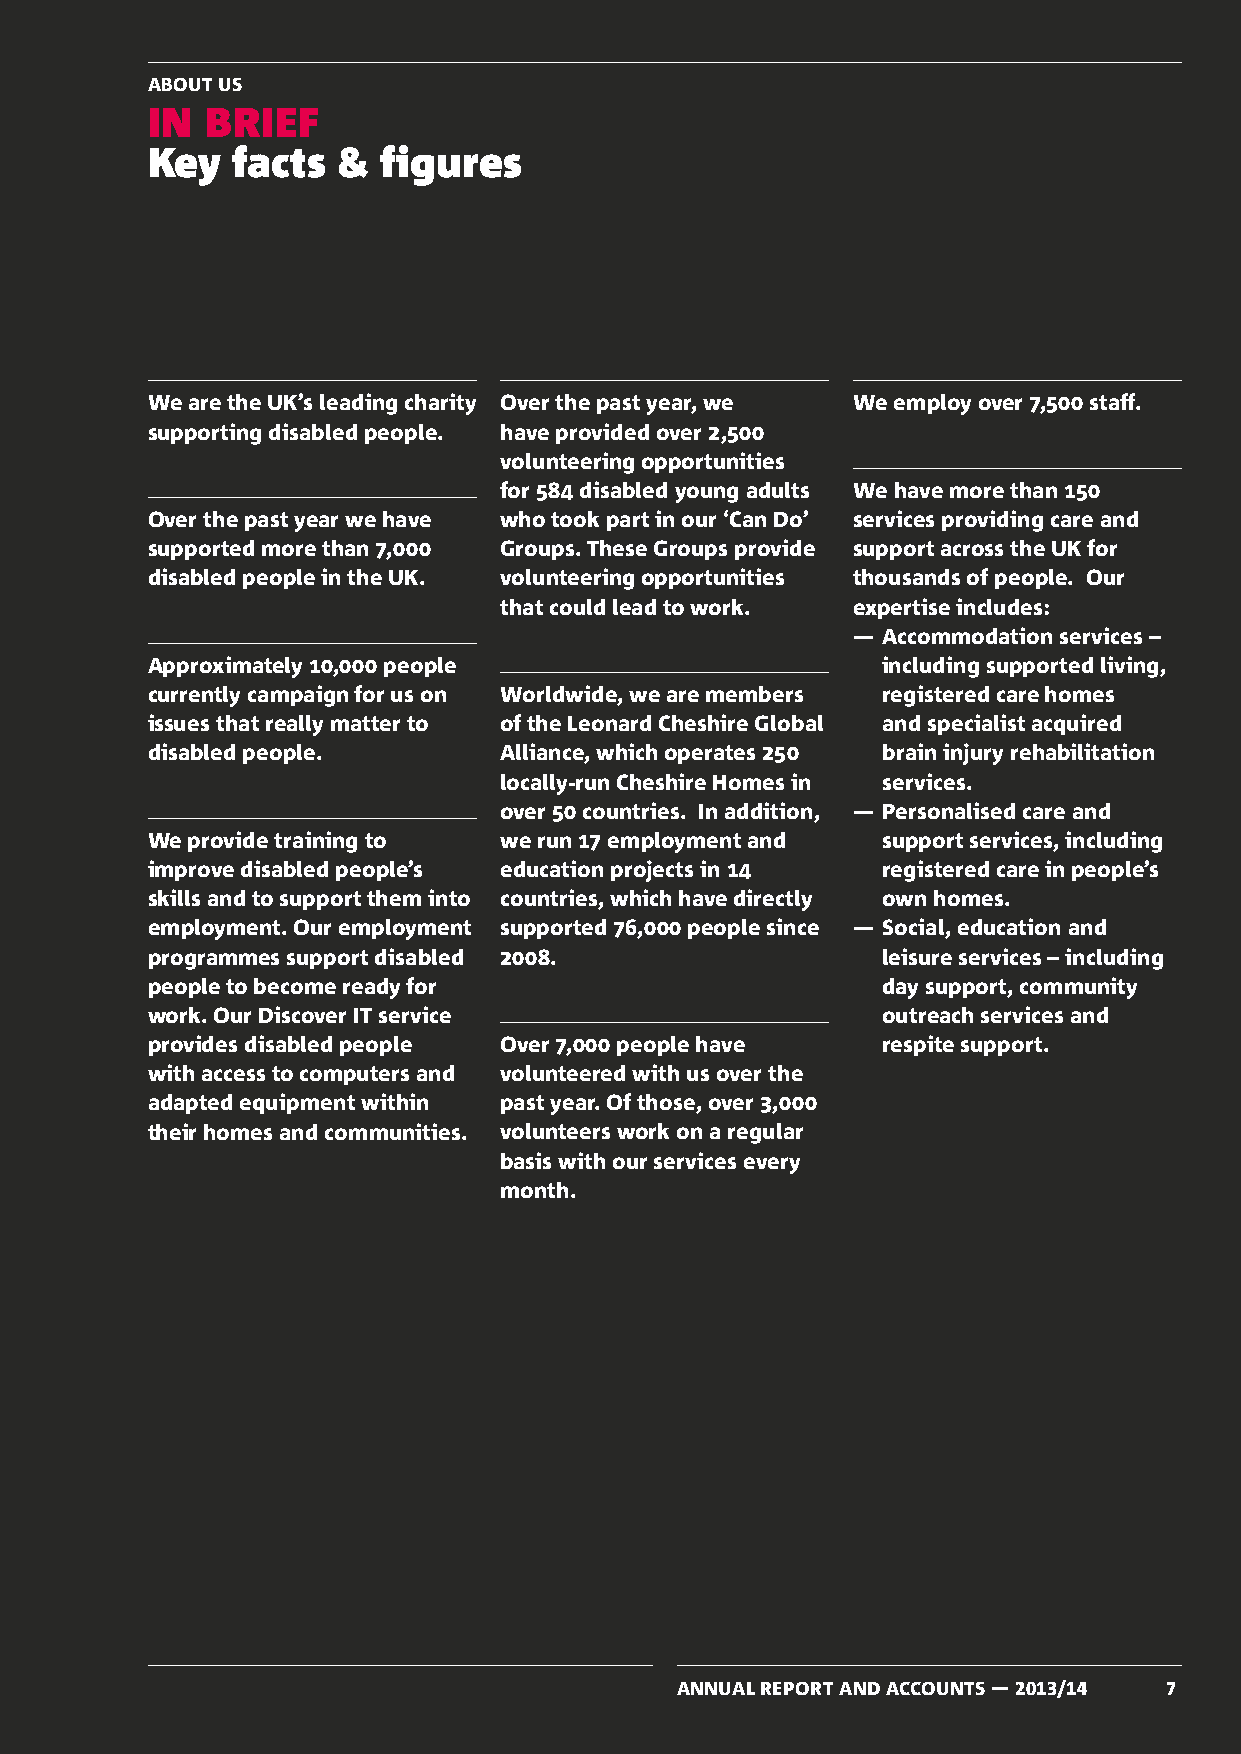
ABOUT US
 IN  BRIEF
 Key  facts  &  figures
 We are the UK’s leading charity Over the past year, we We employ over 7,500 staff.
 supporting disabled people. have provided over 2,500
 volunteering opportunities
 for 584 disabled young adults We have more than 150
 Over the past year we have who took part in our ‘Can Do’ services providing care and
 supported more than 7,000 Groups. These Groups provide support across the UK for
 disabled people in the UK. volunteering opportunities thousands of people. Our
 that could lead to work. expertise includes:
 — Accommodation services –
 Approximately 10,000 people                     including supported living,
 currently campaign for us on Worldwide, we are members registered care homes
 issues that really matter to of the Leonard Cheshire Global and specialist acquired
 disabled people.       Alliance, which operates 250 brain injury rehabilitation
 locally-run Cheshire Homes in services.
 over 50 countries. In addition, — Personalised care and
 We provide training to we run 17 employment and support services, including
 improve disabled people’s education projects in 14 registered care in people’s
 skills and to support them into countries, which have directly own homes.
 employment. Our employment supported 76,000 people since — Social, education and
 programmes support disabled 2008.               leisure services – including
 people to become ready for                      day support, community
 work. Our Discover IT service                   outreach services and
 provides disabled people Over 7,000 people have respite support.
 with access to computers and volunteered with us over the
 adapted equipment within past year. Of those, over 3,000
 their homes and communities. volunteers work on a regular
 basis with our services every
 month.
 ANNUAL REPORT AND ACCOUNTS — 2013/14 7